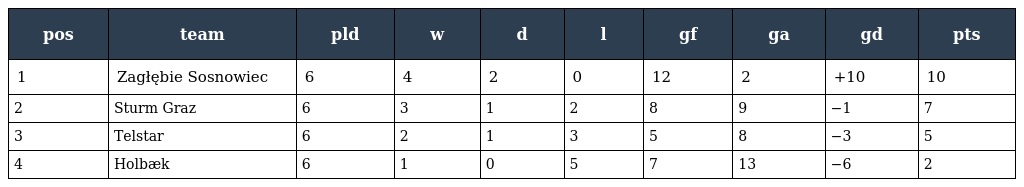
| pos | team | pld | w | d | l | gf | ga | gd | pts |
 | --- | --- | --- | --- | --- | --- | --- | --- | --- | --- |
 | 1 | Zagłębie Sosnowiec | 6 | 4 | 2 | 0 | 12 | 2 | +10 | 10 |
 | 2 | Sturm Graz | 6 | 3 | 1 | 2 | 8 | 9 | −1 | 7 |
 | 3 | Telstar | 6 | 2 | 1 | 3 | 5 | 8 | −3 | 5 |
 | 4 | Holbæk | 6 | 1 | 0 | 5 | 7 | 13 | −6 | 2 |